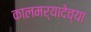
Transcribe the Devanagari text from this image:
कालमर्यादेच्या